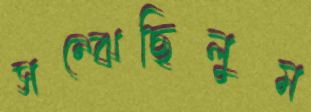
সম্‌ঝেছিলুম